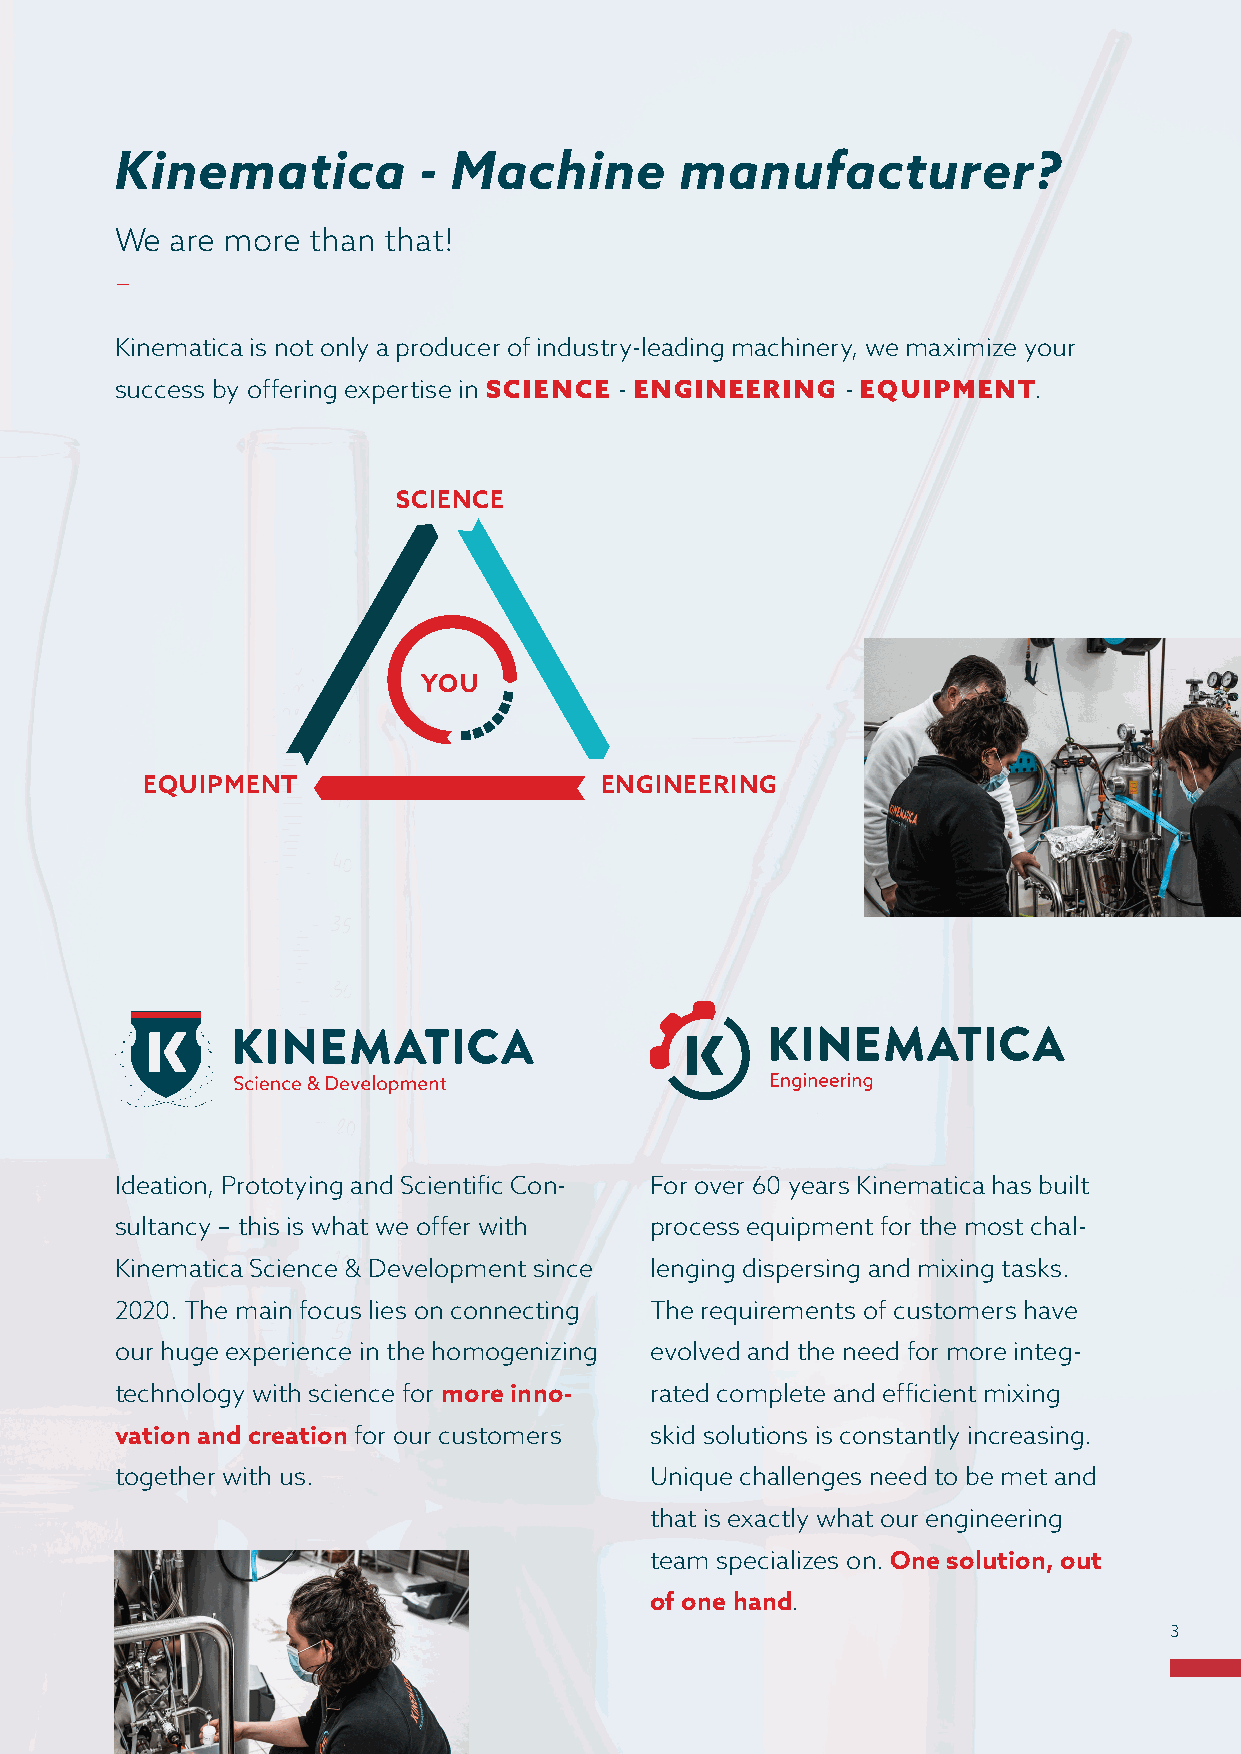
Kinematica          - Machine        manufacturer?
 We are more  than that!
 –
 Kinematica is not only a producer of industry-leading machinery, we maximize your
 success by offering expertise in SCIENCE - ENGINEERING - EQUIPMENT.
 SCIENCE
 YOU
 EQUIPMENT                      ENGINEERING
 Ideation, Prototying and Scientific Con- For over 60 years Kinematica has built
 sultancy – this is what we offer with process equipment for the most chal-
 Kinematica Science & Development since lenging dispersing and mixing tasks.
 2020. The main focus lies on connecting The requirements of customers have
 our huge experience in the homogenizing evolved and the need for more integ-
 technology with science for more inno- rated complete and efficient mixing
 vation and creation for our customers skid solutions is constantly increasing.
 together with us.                  Unique challenges need to be met and
 that is exactly what our engineering
 team specializes on. One solution, out
 of one hand.
 3